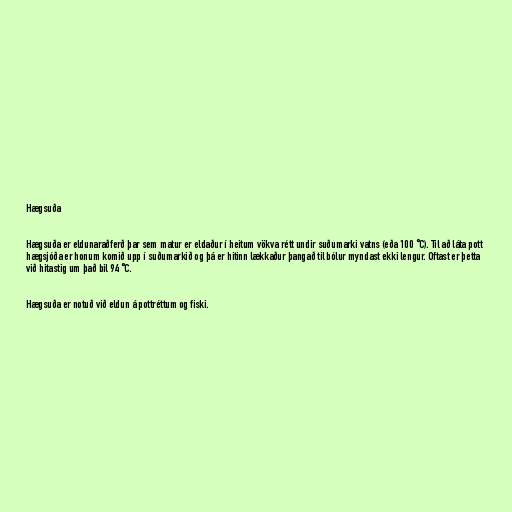
Hægsuða

Hægsuða er eldunaraðferð þar sem matur er eldaður í heitum vökva rétt undir suðumarki vatns (eða 100 °C). Til að láta pott
hægsjóða er honum komið upp í suðumarkið og þá er hitinn lækkaður þangað til bólur myndast ekki lengur. Oftast er þetta
við hitastig um það bil 94 °C.

Hægsuða er notuð við eldun á pottréttum og fiski.